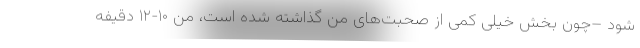
شود –چون بخش خیلی کمی از صحبت‌های من گذاشته شده است، من ۱۰-۱۲ دقیفه